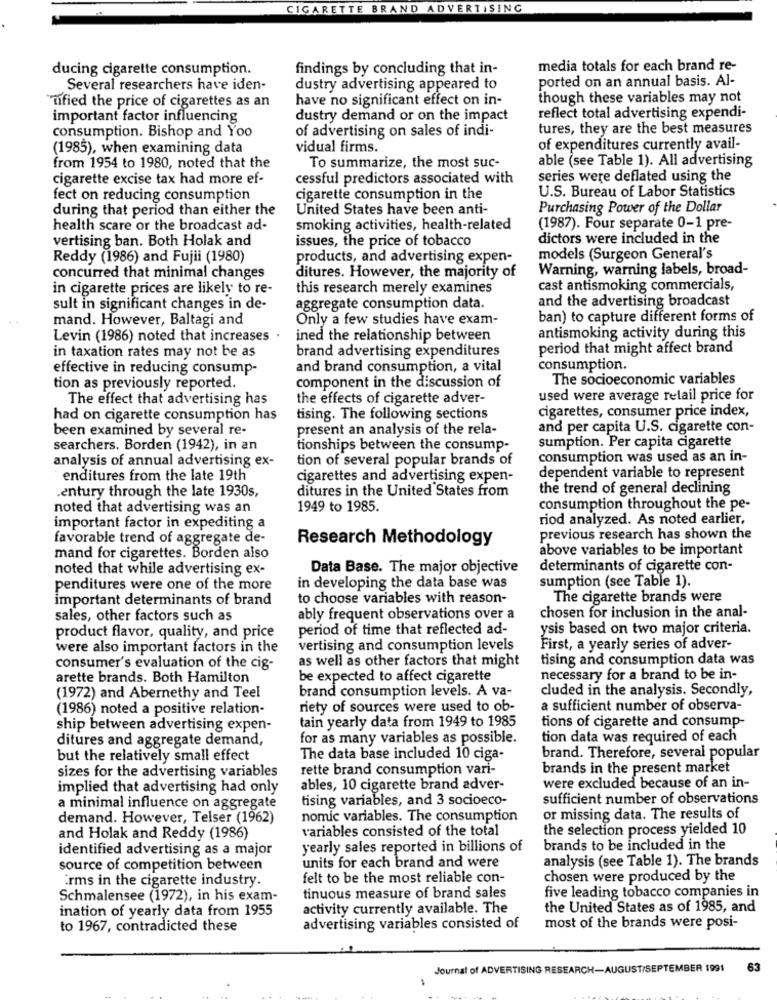
CIGARETTE BRAND ADVERTISING
ducing cigarette consumption.
findings by concluding that in-
media totals for each brand re-
ported on an annual basis. Al-
Several researchers have iden-
dustry advertising appeared to
mified the price of cigarettes as an
have no significant effect on in-
though these variables may not
important factor influencing
dustry demand or on the impact
reflect total advertising expendi-
of advertising on sales of indi-
tures, they are the best measures
consumption. Bishop and Yoo
(1985), when examining data
vidual firms.
of expenditures currently avail-
able (see Table 1). All advertising
from 1954 to 1980, noted that the
To summarize, the most suc-
cigarette excise tax had more ef-
cessful predictors associated with
series were deflated using the
U.S. Bureau of Labor Statistics
fect on reducing consumption
cigarette consumption in the
during that period than either the
United States have been anti-
Purchasing Power of the Dollar
health scare or the broadcast ad-
smoking activities, health-related
(1987). Four separate 0-1 pre-
vertising ban. Both Holak and
issues, the price of tobacco
dictors were included in the
Reddy (1986) and Fujii (1980)
products, and advertising expen-
models (Surgeon General's
ditures. However, the majority of
Warning, warning labels, broad-
concurred that minimal changes
in cigarette prices are likely to re-
this research merely examines
cast antismoking commercials,
and the advertising broadcast
sult in significant changes in de-
aggregate consumption data.
mand. However, Baltagi and
Only a few studies have exam-
ban) to capture different forms of
Levin (1986) noted that increases .
ined the relationship between
antismoking activity during this
brand advertising expenditures
period that might affect brand
in taxation rates may not be as
effective in reducing consump-
and brand consumption, a vital
consumption.
The socioeconomic variables
tion as previously reported.
component in the discussion of
The effect that advertising has
the effects of cigarette adver-
used were average retail price for
cigarettes, consumer price index,
had on cigarette consumption has
tising. The following sections
been examined by several re-
present an analysis of the rela-
and per capita U.S. cigarette con-
searchers. Borden (1942), in an
tionships between the consump-
sumption. Per capita cigarette
analysis of annual advertising ex-
tion of several popular brands of
consumption was used as an in-
enditures from the late 19th
cigarettes and advertising expen-
dependent variable to represent
.entury through the late 1930s,
ditures in the United States from
the trend of general declining
noted that advertising was an
1949 to 1985.
consumption throughout the pe-
riod analyzed. As noted earlier,
important factor in expediting a
favorable trend of aggregate de-
Research Methodology
previous research has shown the
above variables to be important
mand for cigarettes. Borden also
noted that while advertising ex-
Data Base. The major objective
determinants of cigarette con-
sumption (see Table 1).
penditures were one of the more
in developing the data base was
important determinants of brand
to choose variables with reason-
The cigarette brands were
sales, other factors such as
ably frequent observations over a
chosen for inclusion in the anal-
period of time that reflected ad-
ysis based on two major criteria.
product flavor, quality, and price
were also important factors in the
vertising and consumption levels
First, a yearly series of adver-
as well as other factors that might
tising and consumption data was
consumer's evaluation of the cig-
arette brands. Both Hamilton
be expected to affect cigarette
necessary for a brand to be in-
brand consumption levels. A va-
cluded in the analysis. Secondly,
(1972) and Abernethy and Teel
(1986) noted a positive relation-
riety of sources were used to ob-
a sufficient number of observa-
tain yearly data from 1949 to 1985
tions of cigarette and consump
ship between advertising expen-
ditures and aggregate demand,
for as many variables as possible.
tion data was required of each
but the relatively small effect
The data base included 10 ciga-
brand. Therefore, several popular
sizes for the advertising variables
rette brand consumption vari-
brands in the present market
implied that advertising had only
ables, 10 cigarette brand adver-
were excluded because of an in-
tising variables, and 3 socioeco-
sufficient number of observations
a minimal influence on aggregate
demand. However, Telser (1962)
nomic variables. The consumption
or missing data. The results of
variables consisted of the total
the selection process yielded 10
and Holak and Reddy (1986)
identified advertising as a major
yearly sales reported in billions of
brands to be included in the
analysis (see Table 1). The brands
source of competition between
units for each brand and were
irms in the cigarette industry.
felt to be the most reliable con-
chosen were produced by the
tinuous measure of brand sales
five leading tobacco companies in
Schmalensee (1972), in his exam-
ination of yearly data from 1955
activity currently available. The
the United States as of 1985, and
to 1967, contradicted these
advertising variables consisted of
most of the brands were posi-
Journal of ADVERTISING RESEARCH-AUGUST/SEPTEMBER 1991
63